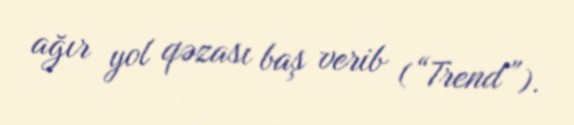
ağır yol qəzası baş verib (“Trend”).